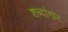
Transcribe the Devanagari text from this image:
शब्दांगार